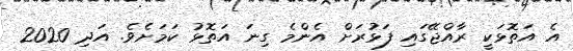
އެ އަތޮޅަކީ ރާއްޖޭގައި ފަޅުރަށް އެންމެ ގިނަ އަތޮޅު ކަމަށެވެ. އަދި 2020